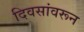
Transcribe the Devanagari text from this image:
दिवसांवरून